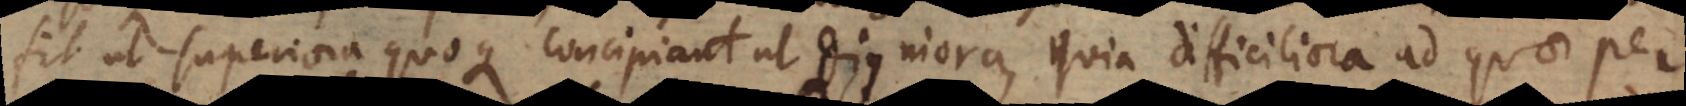
fit ut superiora quoque concipiant ut digniora, quia difficiliora ad quae per